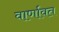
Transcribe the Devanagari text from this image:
वार्णावत